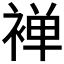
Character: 褝